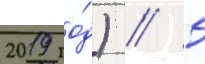
2019 го́д) // 5